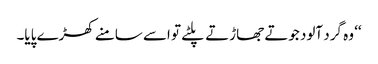
‘‘ وہ گرد آلود جوتے جھاڑتے پلٹے تو اسے سامنے کھڑے پایا۔